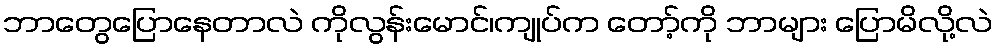
ဘာတွေပြောနေတာလဲ ကိုလွန်းမောင်၊ကျုပ်က တော့်ကို ဘာများ ပြောမိလို့လဲ